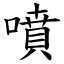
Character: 噴